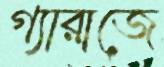
গ্যারাজে